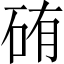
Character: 𥑿